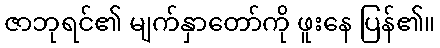
ဇာဘုရင်၏ မျက်နှာတော်ကို ဖူးနေ ပြန်၏။